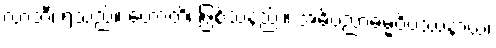
လာဘီ၊ ရသည်။ ဟောတိ၊ ဖြစ်သနည်း။ အဓိပညာဓမ္မဝိပဿနာယ၊